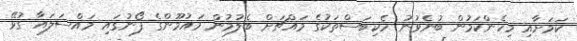
ކަމަށާއި މިހެންކަމުން ބުނެވުނު ހެކިބަސްތަކުގެ މައްޗަށް ބެލުމުން މައުމޫންގެ ފޯނުގައި މައްސަލައާ ގުޅޭ